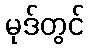
မုဒ်တွင်